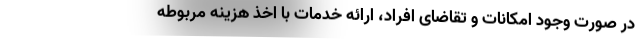
در صورت وجود امکانات و تقاضای افراد، ارائه خدمات با اخذ هزینه مربوطه